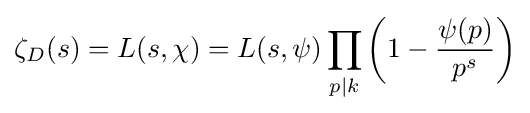
\zeta _{D}(s)=L(s,\chi )=L(s,\psi )\prod _{p|k}\left(1-{\psi (p) \over p^{s}}\right)